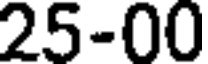
25-00